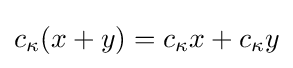
c_{\kappa }(x+y)=c_{\kappa }x+c_{\kappa }y